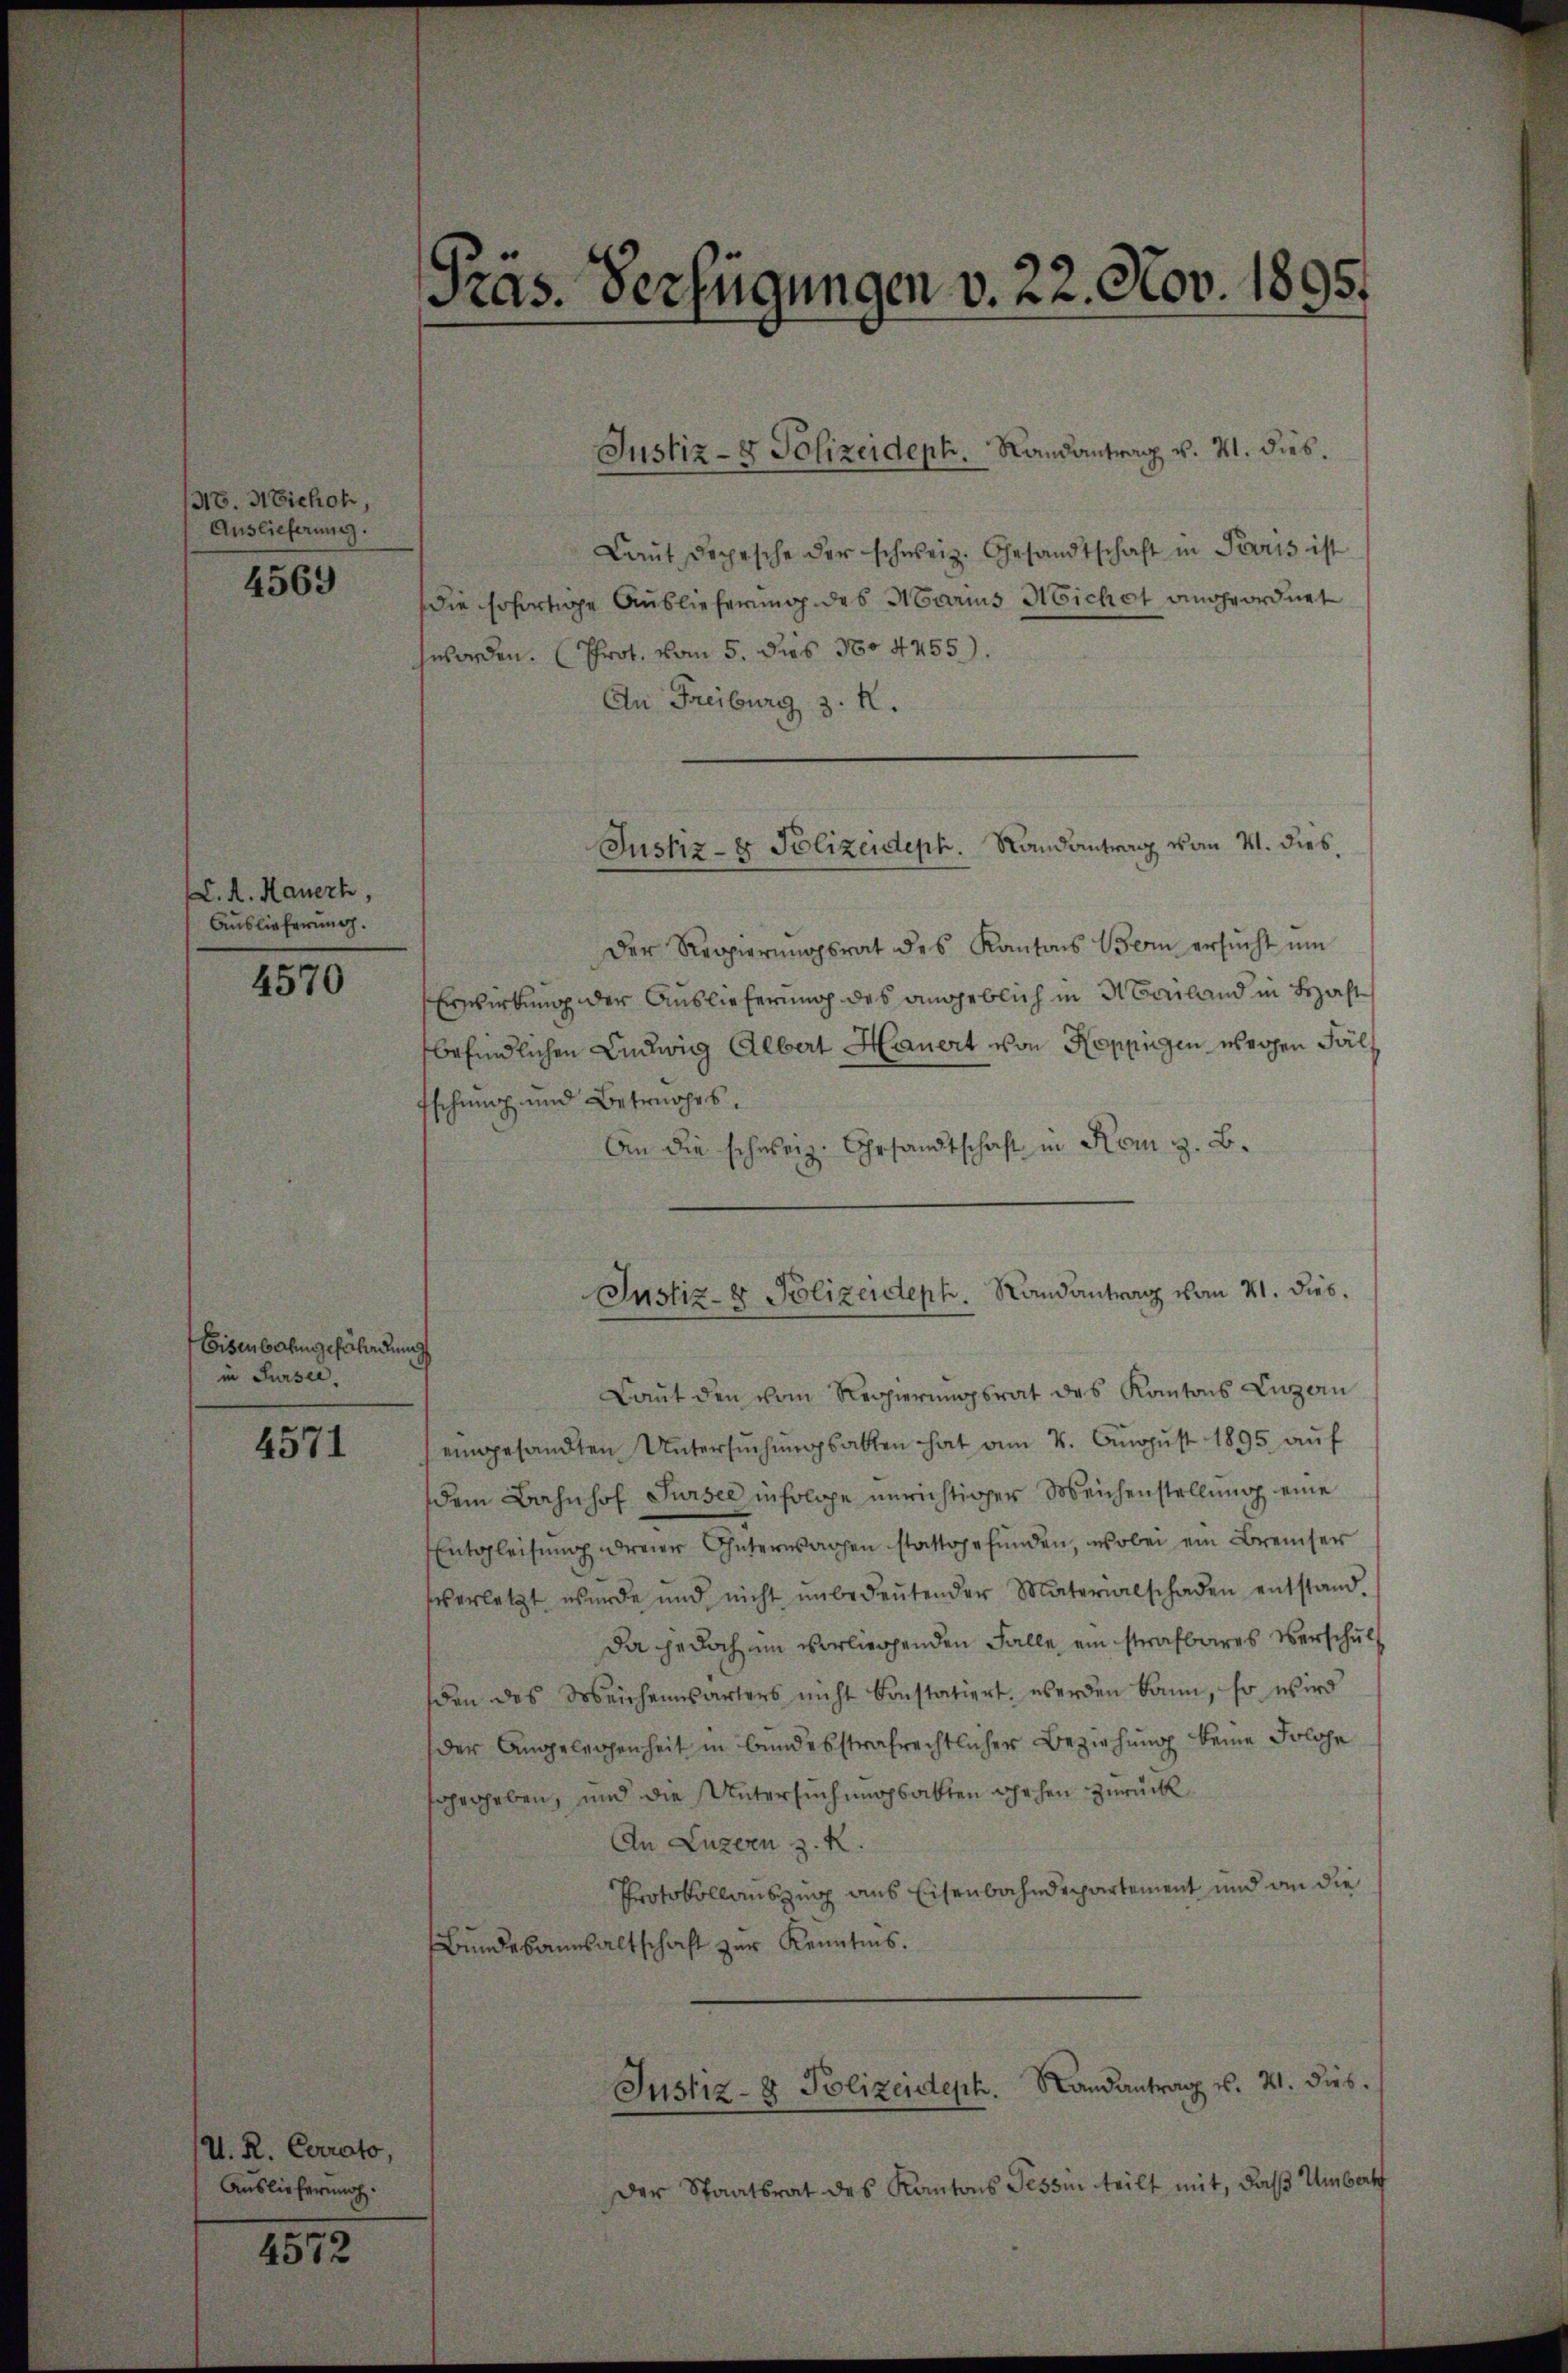
318. Michor,
Auslieferung.
4569

C. A. Hauert,
Auslieferung.

4570

Eisenbahngefährdung
in Sursee

4571

U. R. Curato,
Auslieferung.

4572

Präs. Verfügungen v. 22. Nov. 1895.

Justiz- & Polizeideph. Landantrag v. 21. dies.

Laut Depesche der schweiz. Gesandtschaft in Paris ist
die sofortige Auslieferung des Marius Nicht angeordnet
worden. Prot. vom 5. Jus 16. 4455).
An Freiburg z. R.
Der Regierŭngsrat des Kantons Bern ersŭcht ŭm
Erwirkung der Auslieferung des angeblich in Beiland in Haft
befindlichen Ludwig Albert Hauert von Koppigen wegen Fäl¬
Eschung und Betrages.
An die schweiz. Gesandtschaft in Rom z. B.
Laut den vom Regierungsrat des Kantons Luzern
eingesandten Untersŭchŭngsakten hat am 4. Aŭgŭst 1895 aŭf
dem Bahnhof Sursee infolge unrichtiger Weichenstellung eine
Entgleitung dreier Güterwachen stattgefunden, wobei ein Breuher
verletzt wurde und nicht ŭnbedeŭtender Materialschaden entstand.
Da jedoch im vorliegenden Falle ein strafbares Verschul
den des Meichenwärters nicht Constatiert werden kann, so wird
der Angelegenheit in bundesstrafrechtlicher Beziehung keine Solche
scherheben, und die Untersuchungsakten gehen zurück
An Luzern z. R.
Protokollauszug aus Eisenbahndepartement und an die
Bundesanwaltschaft zur Kenntnis.
Justiz- & Polizeideph. Landantrag u. 21. dies
Der Staatsrat des Kantons Tessin teilt mit, daß Umbatf

Justiz- & Polizeideph. Landantrag vom 4. dies

Justiz- & Polizeideph.   Randantrag vom 21. Dieb.